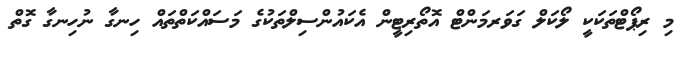
މި ރިޕޯޓްތަކަކީ ލޯކަލް ގަވަރމަންޓް އޮތޯރިޓީން އެކައުންސިލްތަކުގެ މަސައްކަތްތައް ހިނގާ ނުހިނގާ ގޮތް